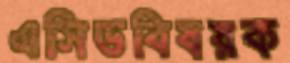
এসিডবিষয়ক